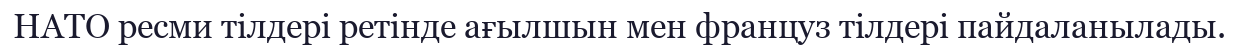
НАТО ресми тілдері ретінде ағылшын мен француз тілдері пайдаланылады.